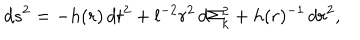
d s ^ { 2 } = - h ( r ) \, d t ^ { 2 } + l ^ { - 2 } r ^ { 2 } \, d \Sigma _ { k } ^ { 2 } + h ( r ) ^ { - 1 } \, d r ^ { 2 } ,